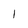
Character: 1